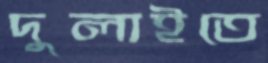
দুলাইতে